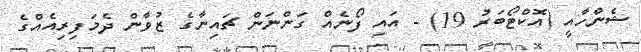
ޝެންހާއީ (އޮކްޓޯބަރު 19) - އައި ފޯނެއް ގަންނަން ޗައިނާގެ ޒުވާން ދެމަފިރިއެއްގެ